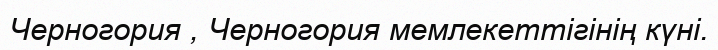
Черногория , Черногория мемлекеттiгiнiң күнi.